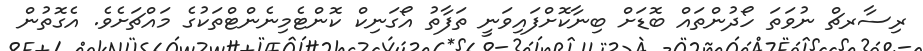
ރިސާރޗް ނުވަތަ ހޯދުންތައް ބޮޑަށް ބިނާކޮށްފައިވަނީ ތަފާތު އޯގަނިކް ކޮންޓެމިނެންޓްތަކުގެ މައްޗަށެވެ. އެގޮތުން